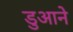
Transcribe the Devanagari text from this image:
डुआने